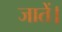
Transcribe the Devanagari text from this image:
जातें।